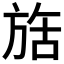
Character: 𬀇